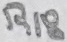
Text: R18